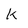
Character: k